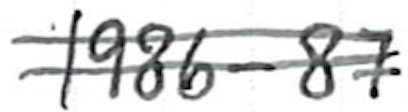
Text: 1986-87
Cross-out: double-line
Writing tool: ballpoint